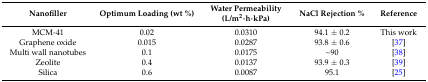
| Nanofiller | Optimum Loading (wt %) | Water Permeability (L/m2·h·kPa) | NaCl Rejection % | Reference |
 | --- | --- | --- | --- | --- |
 | MCM-41 | 0.02 | 0.0310 | 94.1 ± 0.2 | This work |
 | Graphene oxide | 0.015 | 0.0287 | 93.8 ± 0.6 | [37] |
 | Multi wall nanotubes | 0.1 | 0.0175 | ~90 | [38] |
 | Zeolite | 0.4 | 0.0137 | 93.9 ± 0.3 | [39] |
 | Silica | 0.6 | 0.0087 | 95.1 | [25] |